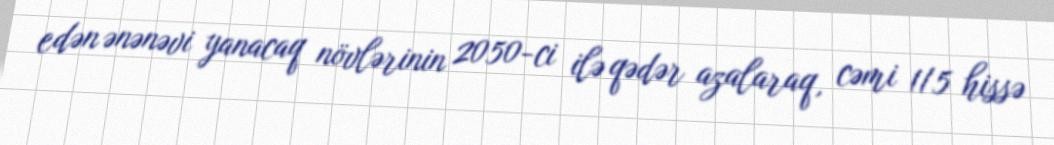
edən ənənəvi yanacaq növlərinin 2050-ci ilə qədər azalaraq, cəmi 1/5 hissə